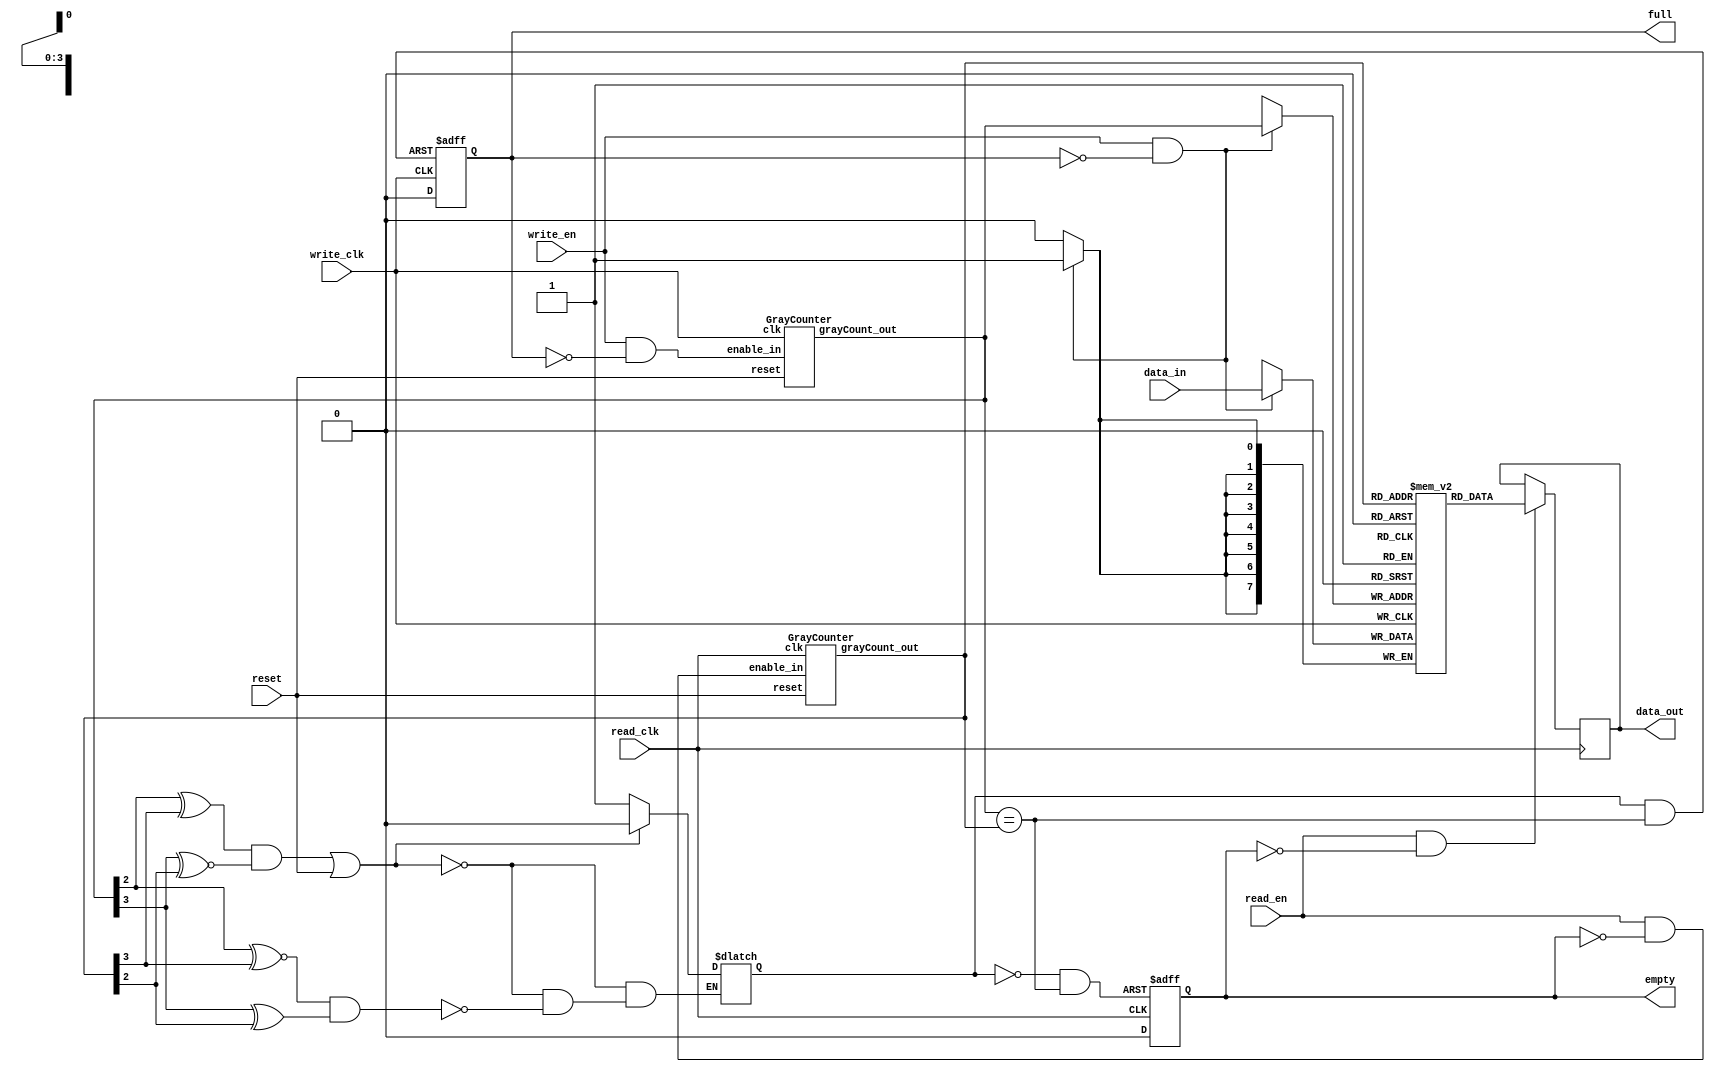
//*******************************************************************
// Module	: Asynchronous FIFO (with 2 asynchronous clocks)
// Input 	: read_en, write_en, data_in, read_clk, write_clk,reset
// Output	: data_out, full, empty
//*******************************************************************

module fifo_async
  #(parameter    DATA_WIDTH    = 8,
                 ADDRESS_WIDTH = 4,
                 FIFO_DEPTH    = (1 << ADDRESS_WIDTH))
    (output reg  [DATA_WIDTH-1:0]        data_out, 
     output reg                          empty,
     input wire                          read_en,
     input wire                          read_clk,        
     	 
     input wire  [DATA_WIDTH-1:0]        data_in,  
     output reg                          full,
     input wire                          write_en,
     input wire                          write_clk,

     input wire                          reset);

    	// Internal Connections
    	reg   [DATA_WIDTH-1:0]              Mem [FIFO_DEPTH-1:0];			
    	wire  [ADDRESS_WIDTH-1:0]           pNextWordToWrite, pNextWordToRead;
    	wire                                EqualAddresses;
    	wire                                NextWriteAddressEn, NextReadAddressEn;
    	wire                                Set_Status, Rst_Status;
    	reg                                 Status;
    	wire                                PresetFull, PresetEmpty;

     
	//data_out
	always @ (posedge read_clk)
		if (read_en & !empty)
            		data_out <= Mem[pNextWordToRead];
            
    	//data_in
    	always @ (posedge write_clk)
        	if (write_en & !full)
            		Mem[pNextWordToWrite] <= data_in;

    	//Next Addresses enable
   	assign NextWriteAddressEn = write_en & ~full;
    	assign NextReadAddressEn  = read_en  & ~empty;
           
    	//Addreses Gray counter
    	GrayCounter GrayCounter_pWr
		(.grayCount_out(pNextWordToWrite),
       		 .enable_in(NextWriteAddressEn),
        	 .reset(reset),
       	         .clk(write_clk)
		);
       
    	GrayCounter GrayCounter_pRd
       		(.grayCount_out(pNextWordToRead),
        	 .enable_in(NextReadAddressEn),
        	 .reset(reset),
        	 .clk(read_clk)
       		);
     

    	//Equal Addresses
    	assign EqualAddresses = (pNextWordToWrite == pNextWordToRead);

    	//'Quadrant selectors' logic:
    	assign Set_Status = (pNextWordToWrite[ADDRESS_WIDTH-2] ~^ pNextWordToRead[ADDRESS_WIDTH-1]) &
                         (pNextWordToWrite[ADDRESS_WIDTH-1] ^  pNextWordToRead[ADDRESS_WIDTH-2]);
                            
    	assign Rst_Status = (pNextWordToWrite[ADDRESS_WIDTH-2] ^  pNextWordToRead[ADDRESS_WIDTH-1]) &
                         (pNextWordToWrite[ADDRESS_WIDTH-1] ~^ pNextWordToRead[ADDRESS_WIDTH-2]);
                         
    	//'Status' latch logic:
    	always @ (Set_Status, Rst_Status, reset) //D Latch w/ Asynchronous Clear & Preset.
        if (Rst_Status | reset)
            Status = 0;  //Going 'Empty'.
        else if (Set_Status)
            Status = 1;  //Going 'Full'.
            
    	//'Full_out' logic for the writing port:
    	assign PresetFull = Status & EqualAddresses;  //'Full' Fifo.
    
    	always @ (posedge write_clk, posedge PresetFull) //D Flip-Flop w/ Asynchronous Preset.
        if (PresetFull)
            full <= 1;
        else
            full <= 0;
            
    	//'Empty_out' logic for the reading port:
    	assign PresetEmpty = ~Status & EqualAddresses;  //'Empty' Fifo.
    
   	always @ (posedge read_clk, posedge PresetEmpty)  //D Flip-Flop w/ Asynchronous Preset.
        if (PresetEmpty)
            empty <= 1;
        else
            empty <= 0;

endmodule

//**************************************************************
// Module: Gray Counter
//**************************************************************

module GrayCounter
   #(parameter   COUNTER_WIDTH = 4)
   
    (output reg  [COUNTER_WIDTH-1:0]    grayCount_out,  //'Gray' code count output.
    
     input wire                         enable_in,  //Count enable.
     input wire                         reset,   //Count reset.
    
     input wire                         clk);

    //****Internal Connections****
    reg    [COUNTER_WIDTH-1:0]         binaryCount;

    always @ (posedge clk)
        if (reset) begin
            binaryCount   <= {COUNTER_WIDTH{1'b 0}} + 1;  //Gray count begins @ '1' with
            grayCount_out <= {COUNTER_WIDTH{1'b 0}};      // first 'Enable_in'.
        end
        else if (enable_in) begin
            binaryCount   <= binaryCount + 1;
            grayCount_out <= {binaryCount[COUNTER_WIDTH-1],
                              binaryCount[COUNTER_WIDTH-2:0] ^ binaryCount[COUNTER_WIDTH-1:1]};
        end
    
endmodule